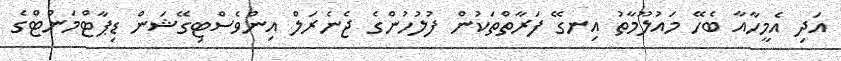
އަދި އެމީހާއާ ބެހޭ މައުލޫމާތު އިނގޭ ފަރާތްތަކުން ފުލުހުންގެ ޖެނެރަލް އިންވެސްޓިގޭޝަން ޑިޕާޓްމަންޓްގެ